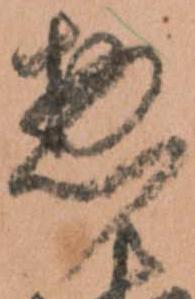
惣